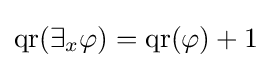
\operatorname {qr} (\exists _{x}\varphi )=\operatorname {qr} (\varphi )+1